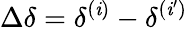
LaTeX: \Delta\delta=\delta^{(\mathit{i})}-\delta^{(\mathit{i}^{\prime})}